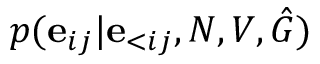
p ( \mathbf { e } _ { i j } | \mathbf { e } _ { < i j } , N , V , \hat { G } )